Report of the Indian Hemp Drugs Commission, 1894-1895 - Volume VIII
Year: 1894
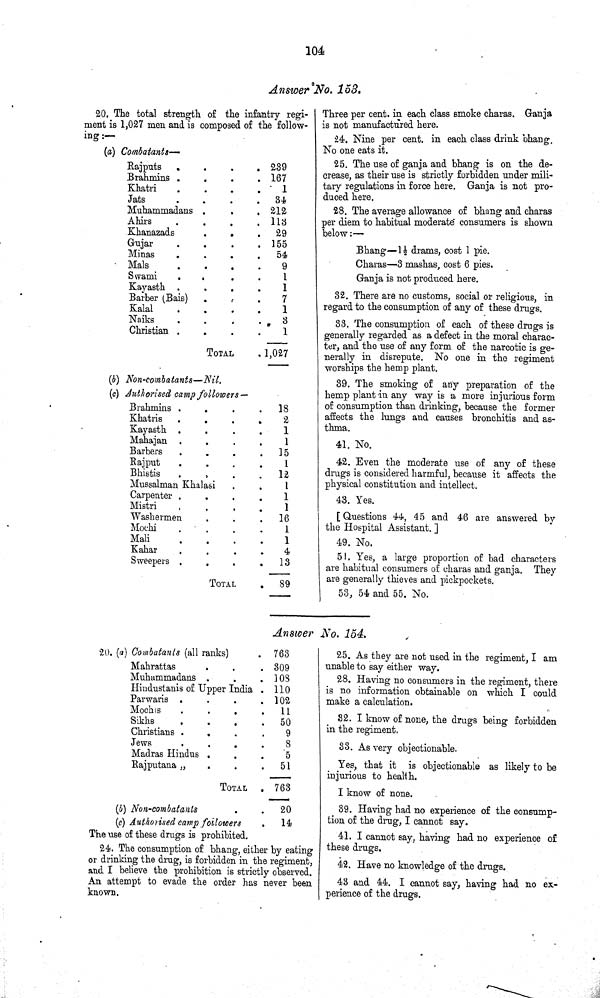
104
Answer No. 153.
20. The total strength of the infantry regi¬
ment is 1,027 men and is composed of the follow¬
ing:—
(a) Combatants—
Rajputs
239
Brahmins
167
Khatri
1
Jats
34
Muhammadans
212
Ahirs
113
Khanazads
29
Gujar
155
Minas
54
Mals
9
Swami
1
Kayasth
1
Barber (Bais)
7
Kalal
1
Naiks
3
Christian
1
TOTAL
1,027
(b) Non-combatants—Nil.
(c) Authorised camp followers—
Brahmins
18
Khatris
2
Kayasth
1
Mahajan
1
Barbers
15
Rajput
1
Bhistis
12
Mussalman Khalasi
1
Carpenter
1
Mistri
1
Washermen
16
Mochi
1
Mali
1
Kahar
4
Sweepers
13
TOTAL
89
Three per cent. in each class smoke charas. Ganja
is not manufactured here.
24. Nine per cent. in each class drink bhang.
No one eats it.
25. The use of ganja and bhang is on the de¬
crease, as their use is strictly forbidden under mili-
tary regulations in force here. Ganja is not pro¬
duced here.
28. The average allowance of bhang and charas
per diem to habitual moderate consumers is shown
below:—
Bhang—11/2 drams, cost 1 pie.
Charas—3 mashas, cost 6 pies.
Ganja is not produced here.
32. There are no customs, social or religious, in
regard to the consumption of any of these drugs.
33. The consumption of each of these drugs is
generally regarded as a defect in the moral charac¬
ter, and the use of any form of the narcotic is ge¬
nerally in disrepute. No one in the regiment
worships the hemp plant.
39. The smoking of any preparation of the
hemp plant in any way is a more injurious form
of consumption than drinking, because the former
affects the lungs and causes bronchitis and as¬
thma.
41. No.
42. Even the moderate use of any of these
drugs is considered harmful, because it affects the
physical constitution and intellect.
43. Yes.
[Questions 44, 45 and 46 are answered by
the Hospital Assistant. ]
49. No.
51. Yes, a large proportion of bad characters
are habitual consumers of charas and ganja. They
are generally thieves and pickpockets.
53, 54 and 55. No.
Answer No. 154.
20. (a) Combatants (all ranks)
763
Mahrattas
309
Muhammadans
108
Hindustanis of Upper India
110
Parwaris
102
Mochis
11
Sikhs
50
Christians
9
Jews
8
Madras Hindus
5
Rajputana
51
TOTAL
763
(b) Non-combatants
20
(c) Authorised camp followers
14
The use of these drugs is prohibited.
24. The consumption of bhang, either by eating
or drinking the drug, is forbidden in the regiment,
and I believe the prohibition is strictly observed.
An attempt to evade the order has never been
known.
25. As they are not used in the regiment, I am
unable to say either way.
28. Having no consumers in the regiment, there
is no information obtainable on which I could
make a calculation.
32. I know of none, the drugs being forbidden
in the regiment.
33. As very objectionable.
Yes, that it is objectionable as likely to be
injurious to health.
I know of none.
39. Having had no experience of the consump¬
tion of the drug, I cannot say.
41. I cannot say, having had no experience of
these drugs.
42. Have no knowledge of the drugs.
43 and 44. I cannot say, having had no ex¬
perience of the drugs.